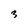
Character: 3